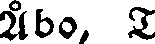
Åbo, T